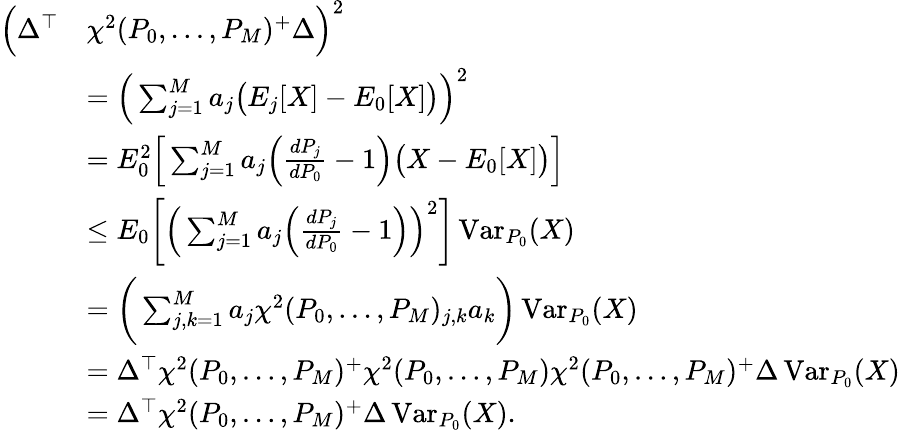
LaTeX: \begin{array}{rl}{\Big(\Delta^{\top}}&{\chi^{2}(P_{0},\dots,P_{M})^{+}\Delta\Big)^{2}}\\ &{=\Big(\sum_{j=1}^{M}a_{j}\big(E_{j}[X]-E_{0}[X]\big)\Big)^{2}}\\ &{=E_{0}^{2}\Big[\sum_{j=1}^{M}a_{j}\Big(\frac{dP_{j}}{dP_{0}}-1\Big)\big(X-E_{0}[X]\big)\Big]}\\ &{\leq E_{0}\bigg[\Big(\sum_{j=1}^{M}a_{j}\Big(\frac{dP_{j}}{dP_{0}}-1\Big)\Big)^{2}\bigg]\operatorname{Var}_{P_{0}}(X)}\\ &{=\bigg(\sum_{j,k=1}^{M}a_{j}\chi^{2}(P_{0},\dots,P_{M})_{j,k}a_{k}\bigg)\operatorname{Var}_{P_{0}}(X)}\\ &{=\Delta^{\top}\chi^{2}(P_{0},\dots,P_{M})^{+}\chi^{2}(P_{0},\dots,P_{M})\chi^{2}(P_{0},\dots,P_{M})^{+}\Delta\operatorname{Var}_{P_{0}}(X)}\\ &{=\Delta^{\top}\chi^{2}(P_{0},\dots,P_{M})^{+}\Delta\operatorname{Var}_{P_{0}}(X).}\end{array}